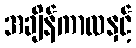
အချိန်ကာလနှင့်